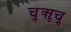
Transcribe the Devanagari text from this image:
च्र्ॠच्र्